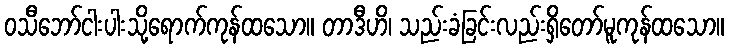
ဝသီဘော်ငါးပါးသို့ရောက်ကုန်ထသော။ တာဒီဟိ၊ သည်းခံခြင်းလည်းရှိတော်မူကုန်ထသော။